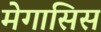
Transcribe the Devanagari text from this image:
मेगासिस